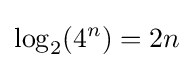
\log _{2}(4^{n})=2n